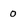
Character: 0